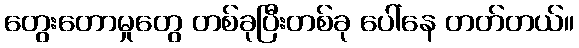
တွေးတောမှုတွေ တစ်ခုပြီးတစ်ခု ပေါ်နေ တတ်တယ်။